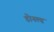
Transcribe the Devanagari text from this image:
डोनल्‍ड